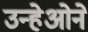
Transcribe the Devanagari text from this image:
उन्हेओने